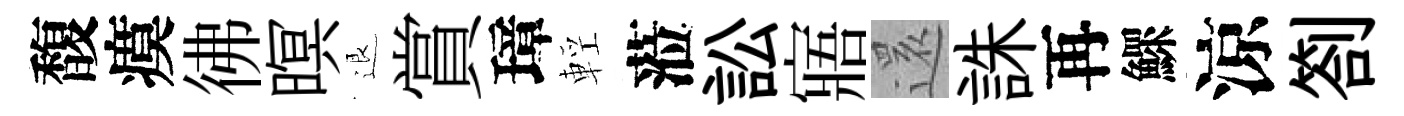
馥瘼彿暝退賞璋輕蒞訟寤𮟃誅再鰥涼劄